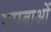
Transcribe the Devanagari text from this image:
माम्बाओं